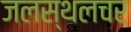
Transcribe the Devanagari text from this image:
जलस्थलचर